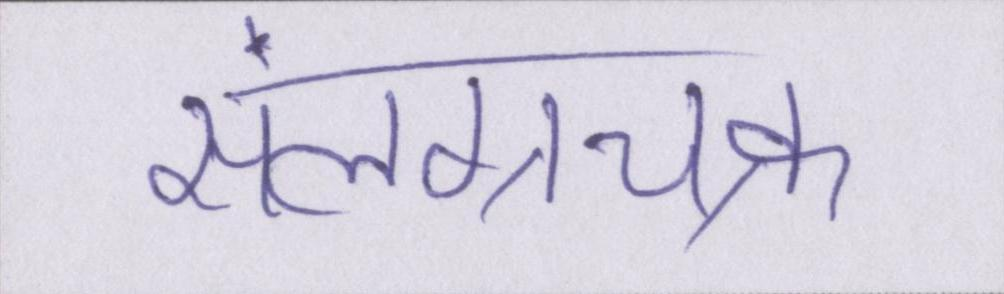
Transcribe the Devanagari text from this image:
संलग्नचक्र